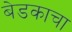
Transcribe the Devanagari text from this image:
बेडकाचा